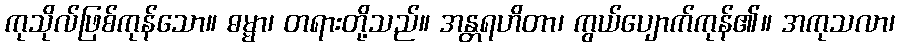
ကုသိုလ်ဖြစ်ကုန်သော။ ဓမ္မာ၊ တရားတို့သည်။ အန္တရဟိတာ၊ ကွယ်ပျောက်ကုန်၏။ အကုသလာ၊